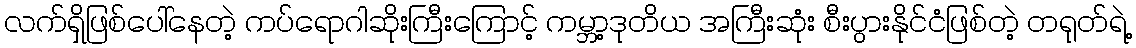
လက်ရှိဖြစ်ပေါ်နေတဲ့ ကပ်ရောဂါဆိုးကြီးကြောင့် ကမ္ဘာ့ဒုတိယ အကြီးဆုံး စီးပွားနိုင်ငံဖြစ်တဲ့ တရုတ်ရဲ့